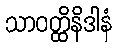
သာဝတ္ထိနိဒါနံ